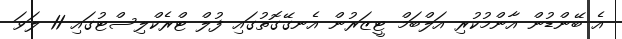
އެ ބޭންޑުން އާންމުކުރި އަލްބަމް ޓީޒަރުން އެނގޭގޮތުގައި ފުލް ޓްރެކްލިސްޓުގައި 11 ލަވަ